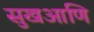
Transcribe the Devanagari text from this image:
सुखआणि